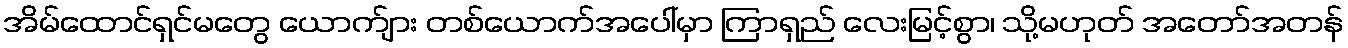
အိမ်ထောင်ရှင်မတွေ ယောက်ျား တစ်ယောက်အပေါ်မှာ ကြာရှည် လေးမြင့်စွာ၊ သို့မဟုတ် အတော်အတန်